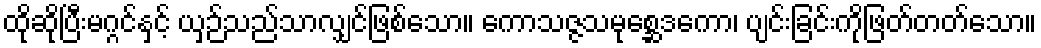
ထိုဆိုပြီးမဂ္ဂင်နှင့် ယှဉ်သည်သာလျှင်ဖြစ်သော။ ကောသဇ္ဇသမုစ္ဆေဒကော၊ ပျင်းခြင်းကိုဖြတ်တတ်သော။